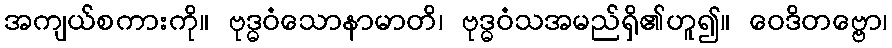
အကျယ်စကားကို။ ဗုဒ္ဓဝံသောနာမာတိ၊ ဗုဒ္ဓဝံသအမည်ရှိ၏ဟူ၍။ ဝေဒိတဗ္ဗော၊